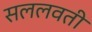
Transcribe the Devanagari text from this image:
सललवती